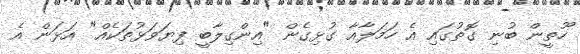
ހޫތީން ބުނި ގޮތުގައި އެ ހަމަލާއާ ގުޅިގެން "އިންގިލާބީ ފިޔަވަޅުތަކެއް" އަޅަން އެ